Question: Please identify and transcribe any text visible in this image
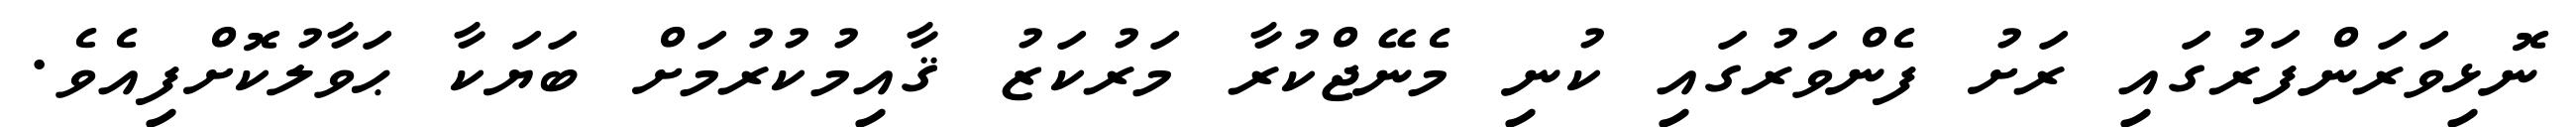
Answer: ނޮޅިވަރަންފަރުގައި ރަށު ފެންވަރުގައި ކުނި މެނޭޖްކުރާ މަރުކަޒު ޤާއިމުކުރުމަށް ބަޔަކާ ޙަވާލުކޮށްފިއެވެ.